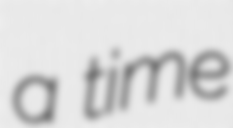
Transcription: a time